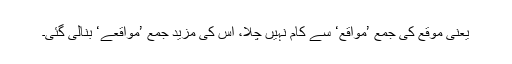
یعنی موقع کی جمع ’مواقع‘ سے کام نہیں چلا، اس کی مزید جمع ’مواقعے‘ بنالی گئی۔